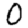
Digit: 0